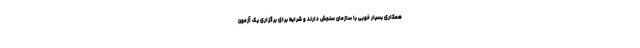
همکاری بسیار خوبی با سازمان سنجش دارند و شرایط برای برگزاری یک آزمون